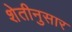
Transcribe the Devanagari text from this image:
शेतीनुसार